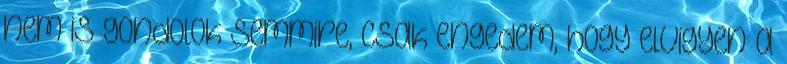
nem is gondolok semmire, csak engedem, hogy elvigyen a